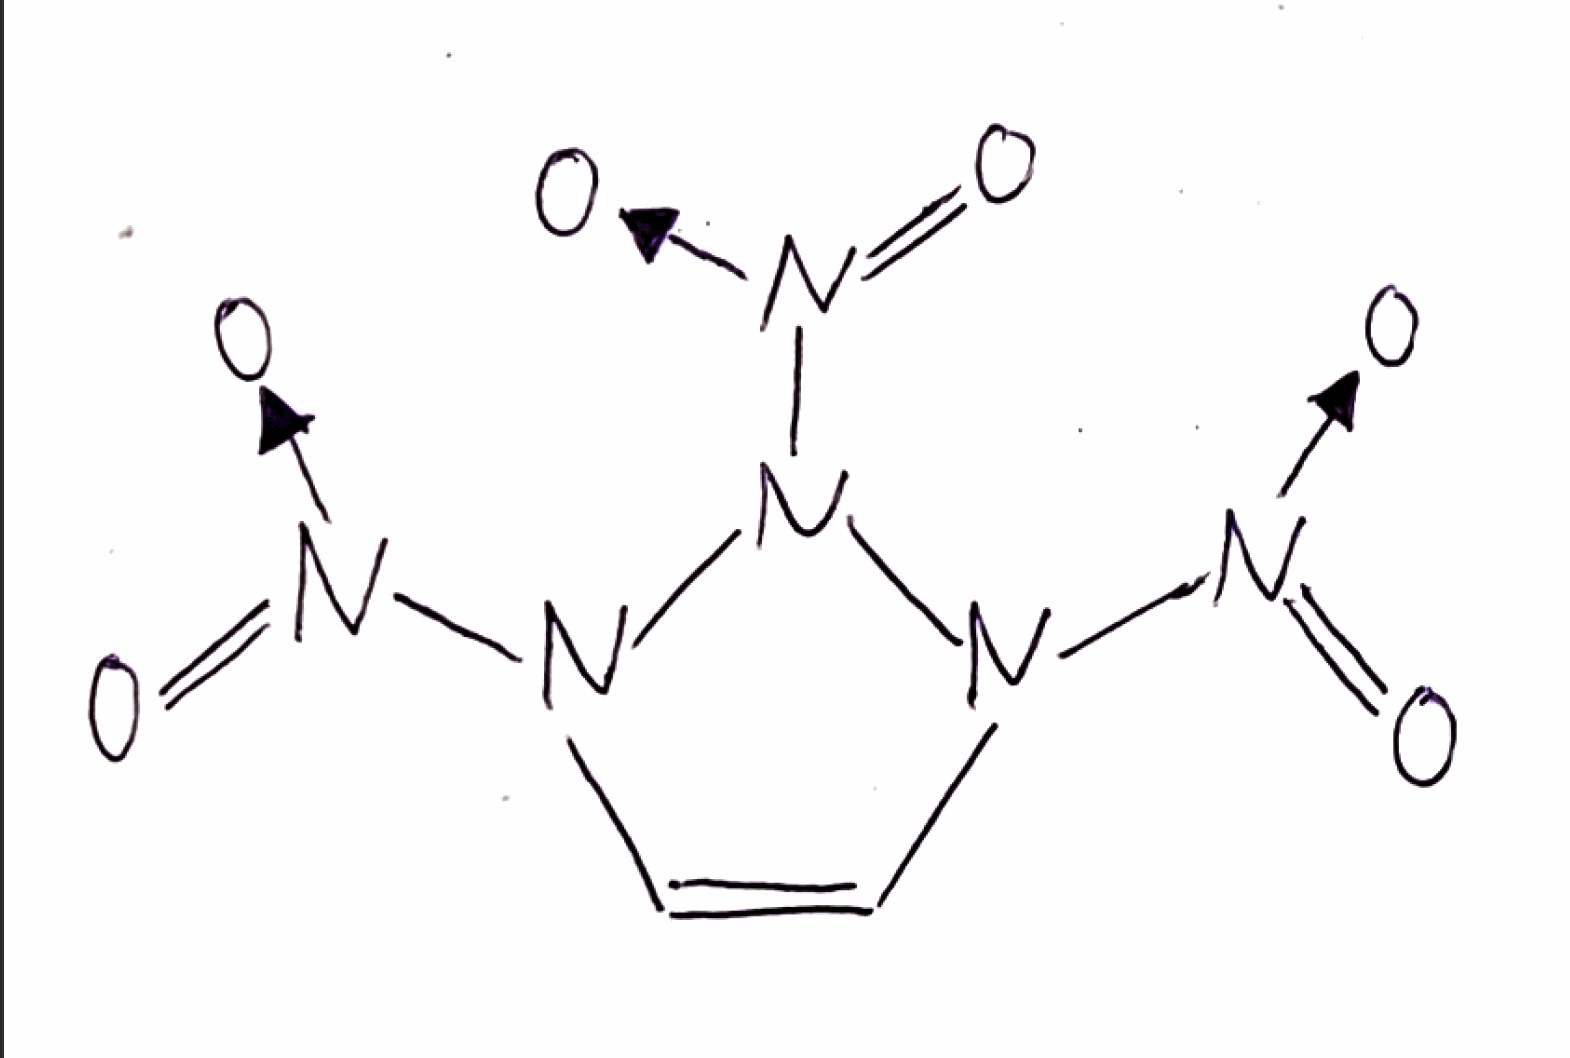
Simplified molecular-input line-entry system (SMILES) notation of the given molecule:
C1=CN(N(N1[N+](=O)[O-])[N+](=O)[O-])[N+](=O)[O-]